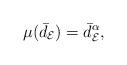
LaTeX: \begin{align*}\mu(\bar{d}_{\mathcal{E}})={\bar{d}_{\mathcal{E}}}^{\alpha},\end{align*}